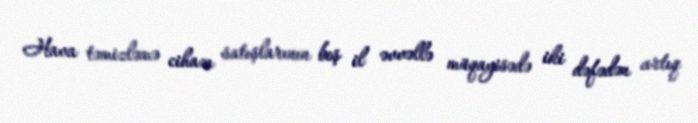
Hava təmizləmə cihazı satışlarının beş il əvvəllə müqayisədə iki dəfədən artıq